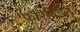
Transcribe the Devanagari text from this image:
फॉरबिडेन